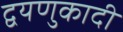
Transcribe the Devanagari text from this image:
द्वयणुकादी